Statistical return of the lunatic asylum in Assam - 1912-1932
Year: 1912
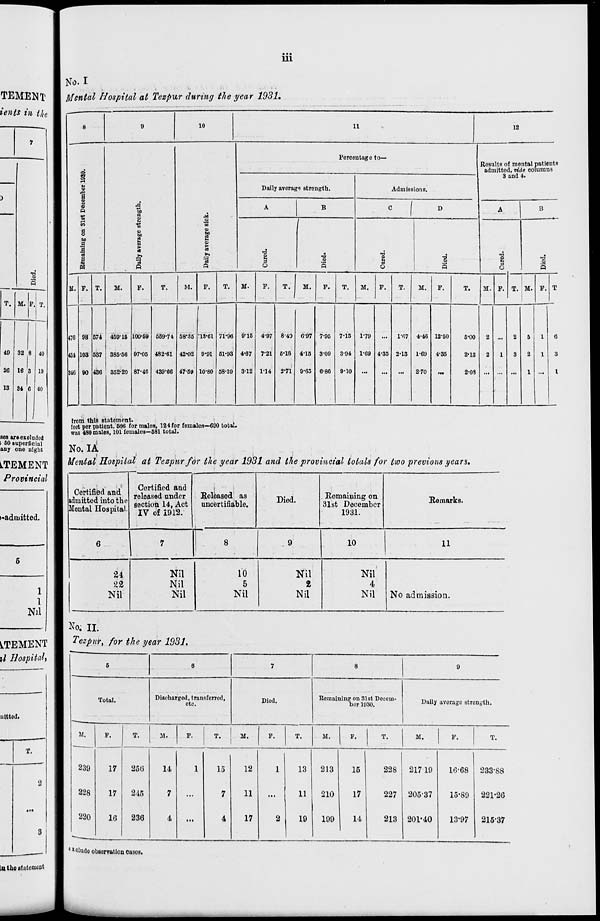
Ill
No. I
Mental Hospital at Tezpur during the year 1931.
8
9
10
11
12
Percontago to—
Rosults of mental patients
admitted, vide columns
©
5
-
3 and 4.
6
Daily avoragq strength.
Admissions.
x>
s
B
8
Q
A
to
A
B
c
f D
A
1
B
a
M
E
a
CO
■s
So
a o
to
2
to
a
1 H
3
i
C3
a a
1
|
-a
•s
T3
O
13
9
G
Q
O
5
w
p
u
J
s
11. P. T.
11.
P.
T.
M.
P.
T.
M-
P.
T.
M.
P.
T.
M.
F.
T.
M.
F.
T.
M. F. T. M. F. T
476 98 571 459-16 100-69 569-74 58-35
/
•13-61 71-96 9*15 4-97 8-40 6-97 7-95 7-15 1-79
1-67 t-i<; 12-50
6-00
2
2
5
1
6
131 103 537 385-56 97-05 482-61 42*02 0'91 51-93 4-67 7-21 6-18 4-15 3-09 3-94 1-09 4-35 2-13 1-69 4-35
2-13
2
1
3
2
1
3
916 90 436 352-20 87-46 439-66 47-59 10-80 58-39 3-12 1*14 2-71 9-65 6-86 9-10
2-70
2-08
1
I
ses are excluded
> 60 superficial
any one night
from this statement.
.
feet per patient, 686 for malos, 124 for females—690 total,
was 480 males, 101 females—581 total.
No. 14
,
Mental Hospital at Tezpur for the year 1931 and the provincial totals for two previous years.
Certified and
admitted into the
Mental Hospital.
Certified and
released under
section 14, Act
IV of 1912.
•
Released as
uncertifiable.
Died.
Remaining on
31st December
1931.
Remarks.
6 ... .
7
8
9
10
11
24
'22
Nil
Nil
Nil
Nil
10
5
Nil
Nil
2
Nil
Nil
4
Nil
No admission.
No. II.
Tezpur, for the year 1931.
5
6
7
8
9
Total.
Discharged, transferred,
etc.
Died.
Remaining on 31st Decem-
ber 1930.
Daily average strength.
M.
F.
T.
M.
F.
,
M.
F.
T.
M.
F.
T.
M.
F.
T.
239
17
25G
14
1
15
12
1
13
213
15
228 21719
10-68 233-88
228
17
215
7
...
7
11
...
11
210
17
227 205-37
15-89 221-2G
220
1C
236
4
iti
4
17
2
19
199
14
213 201-40
13-97
215-37
^_
I
e *oludo observation oases.
in the statement